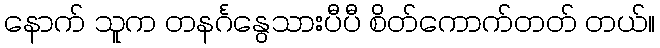
နောက် သူက တနင်္ဂနွေသားပီပီ စိတ်ကောက်တတ် တယ်။